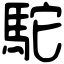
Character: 駝